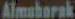
Almahorak